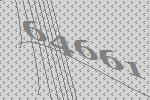
64661